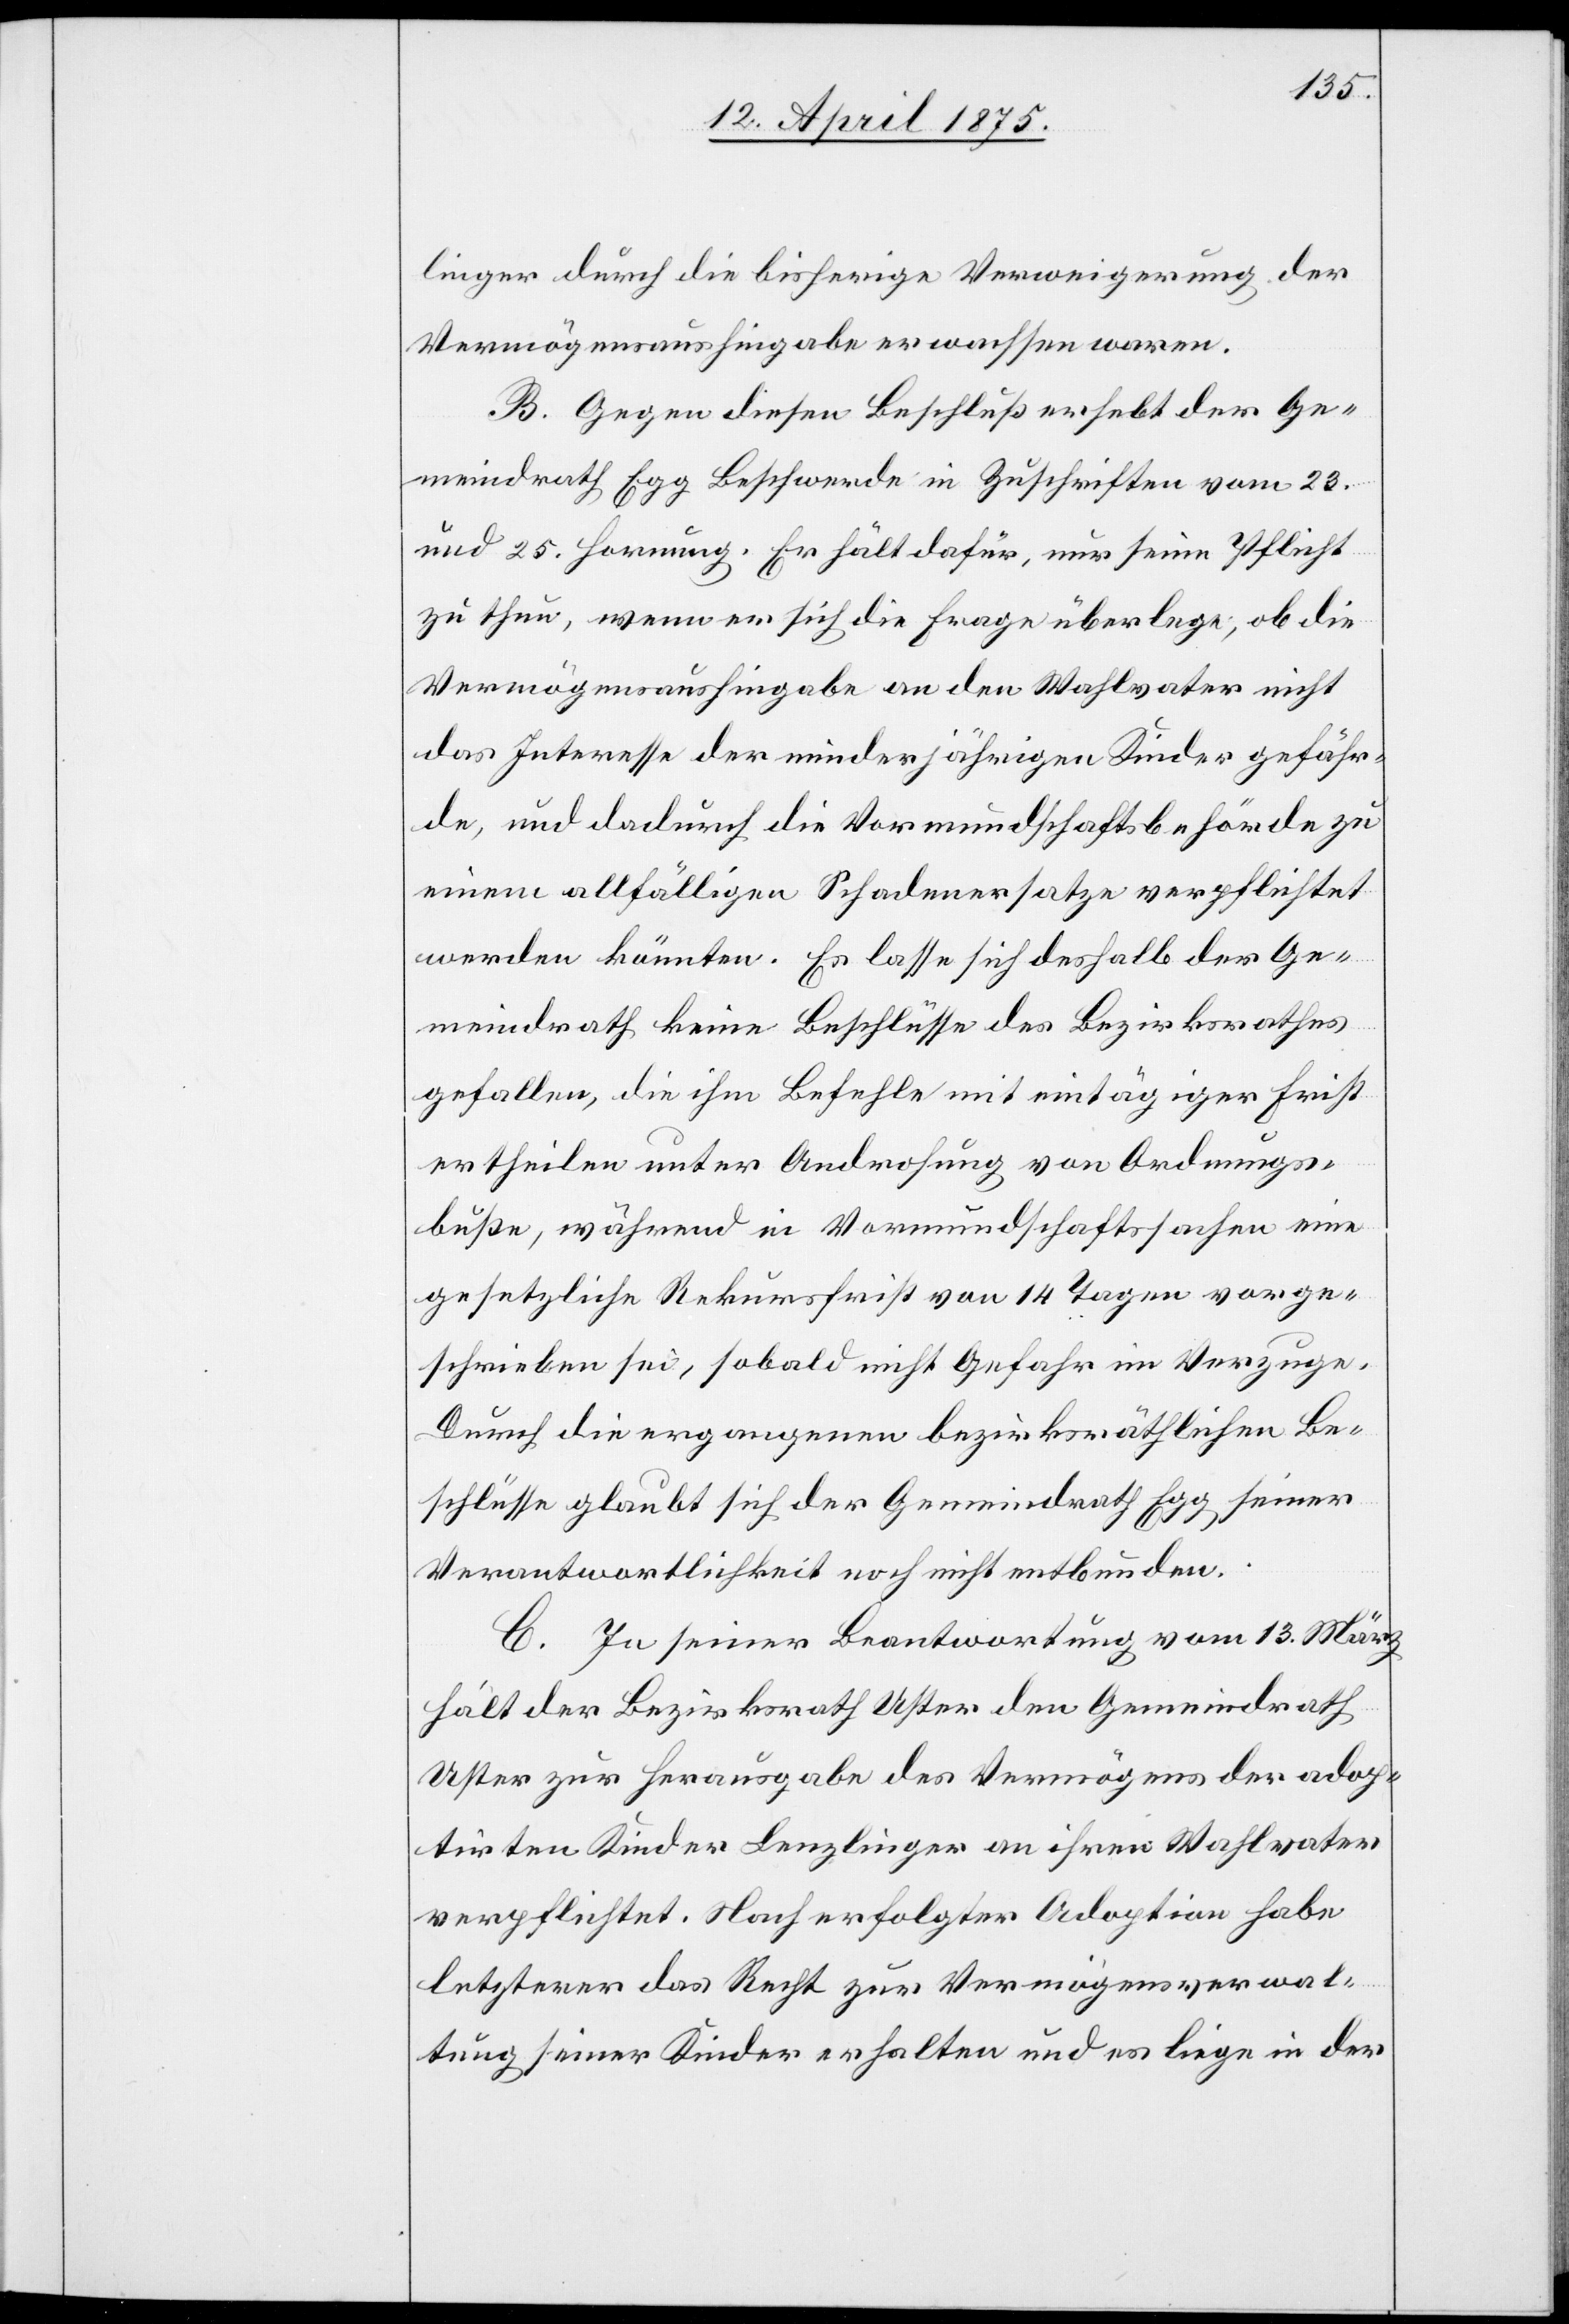
linger durch die bisherige Verweigerung der
Vermögensaushingabe erwachsen waren.
B. Gegen diesen Beschluß erhebt der Ge¬
meindrath Egg Beschwerde in Zuschriften vom 23.
und 25. Hornung. Er hält dafür, nur seine Pflicht
zu thun, wenn er sich Frage überlege, ob die
Vermögensaushingabe an den Wahlvater nicht
das Interesse der minderjährigen Kinder gefähr¬
de, und dadurch die Vormundschaftsbehörde zu
einem allfälligen Schadenersatz verpflichtet
werden könnten. Es lasse sich deshalb der Ge¬
meindrath keine Beschlüsse des Bezirksrathes
gefallen, die ihm Befehle mit eintägiger Frist
ertheilen unter Androhung von Ordnungs¬
buße, während die Vormundschaftssachen eine
gesetzliche Rekursfrist von 14 Tagen vorge¬
schrieben sei, sobald nicht Gefahr im Verzuge.
Durch die ergangenen bezirksräthlichen Be¬
schlüsse glaubt sich der Gemeindrath Egg seiner
Verantwortlichkeit noch nicht entbunden.
C. In seiner Beantwortung vom 13. März
hält der Bezirksrath Uster den Gemeindrath
Uster zur Herausgabe des Vermögens der adop¬
tirten Kinder Lenzlinger an ihren Wahlvater
verpflichtet. Nach erfolgter Adoption habe
letzterer das Recht zur Vermögensverwal¬
tung seiner Kinder erhalten und es liege in der